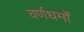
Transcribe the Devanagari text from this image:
वर्णधर्मों